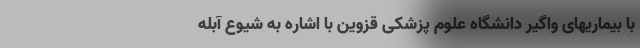
با بیماریهای واگیر دانشگاه علوم پزشکی قزوین با اشاره به شیوع آبله